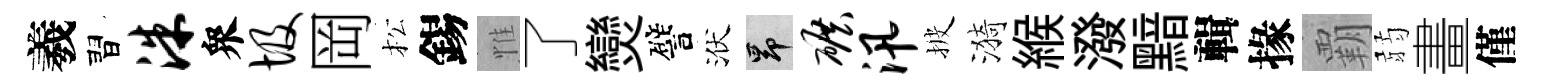
羲習洙衆圾岡松錫惟了𤓖譬洑昂碾汛披漪緱潑黯輯掾覇弱畫僅